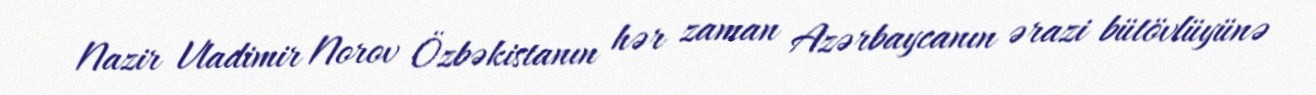
Nazir Vladimir Norov Özbəkistanın hər zaman Azərbaycanın ərazi bütövlüyünə